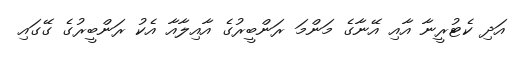
އަދި ކެޓުރީނާ އާއި އޭނާގެ މަންމަ ރަންބީރުގެ އާއިލާއާ އެކު ރަންބީރުގެ ގޭގައި